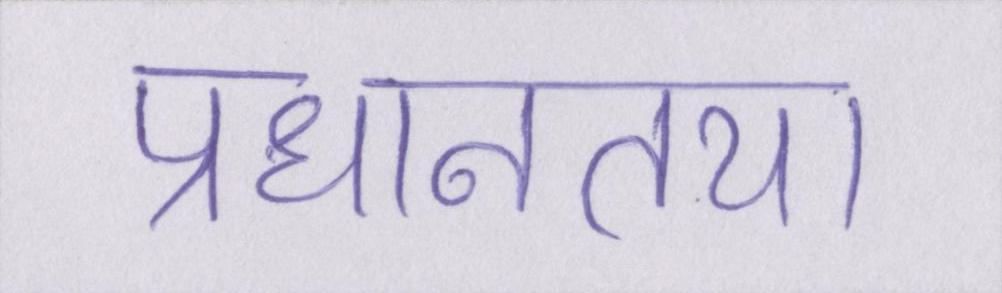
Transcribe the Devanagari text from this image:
प्रधानतया